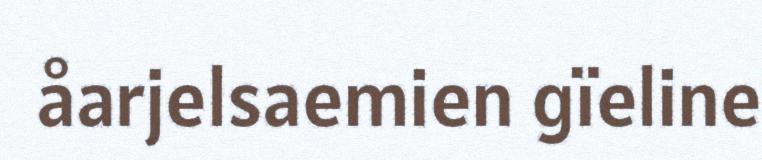
åarjelsaemien gïeline